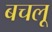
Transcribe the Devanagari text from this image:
बचलू